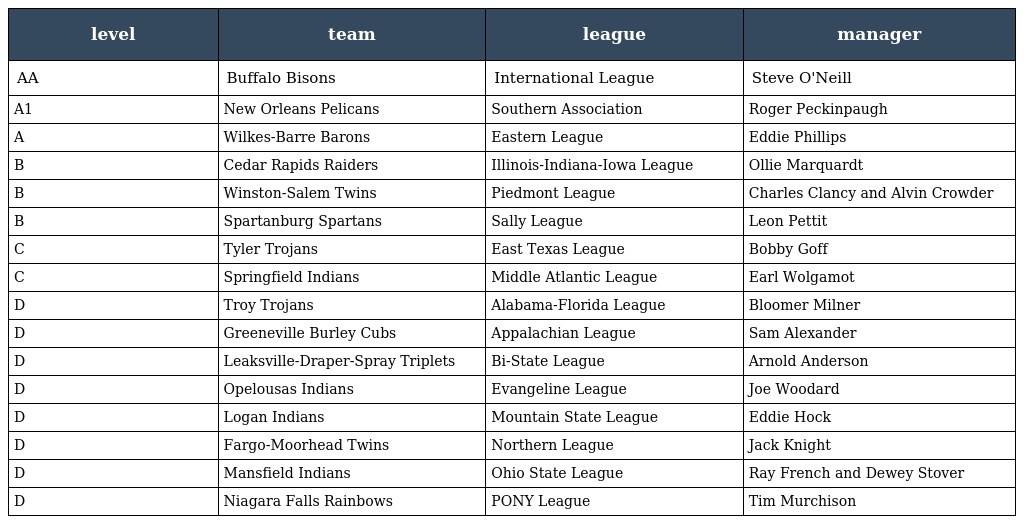
| level | team | league | manager |
 | --- | --- | --- | --- |
 | AA | Buffalo Bisons | International League | Steve O'Neill |
 | A1 | New Orleans Pelicans | Southern Association | Roger Peckinpaugh |
 | A | Wilkes-Barre Barons | Eastern League | Eddie Phillips |
 | B | Cedar Rapids Raiders | Illinois-Indiana-Iowa League | Ollie Marquardt |
 | B | Winston-Salem Twins | Piedmont League | Charles Clancy and Alvin Crowder |
 | B | Spartanburg Spartans | Sally League | Leon Pettit |
 | C | Tyler Trojans | East Texas League | Bobby Goff |
 | C | Springfield Indians | Middle Atlantic League | Earl Wolgamot |
 | D | Troy Trojans | Alabama-Florida League | Bloomer Milner |
 | D | Greeneville Burley Cubs | Appalachian League | Sam Alexander |
 | D | Leaksville-Draper-Spray Triplets | Bi-State League | Arnold Anderson |
 | D | Opelousas Indians | Evangeline League | Joe Woodard |
 | D | Logan Indians | Mountain State League | Eddie Hock |
 | D | Fargo-Moorhead Twins | Northern League | Jack Knight |
 | D | Mansfield Indians | Ohio State League | Ray French and Dewey Stover |
 | D | Niagara Falls Rainbows | PONY League | Tim Murchison |